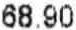
68.90